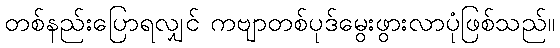
တစ်နည်းပြောရလျှင် ကဗျာတစ်ပုဒ်မွေးဖွားလာပုံဖြစ်သည်။